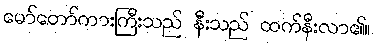
မော်တော်ကားကြီးသည် နီးသည် ထက်နီးလာ၏။